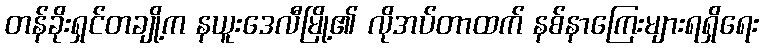
တန်ခိုးရှင်တချို့က နယူးဒေလီမြို့၏ လိုအပ်တာထက် နစ်နာကြေးများရရှိရေး